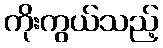
ကိုးကွယ်သည့်